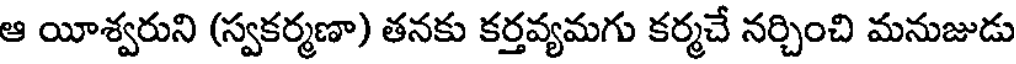
ఆ యీశ్వరుని (స్వకర్మణా) తనకు కర్తవ్యమగు కర్మచే నర్చించి మనుజుడు